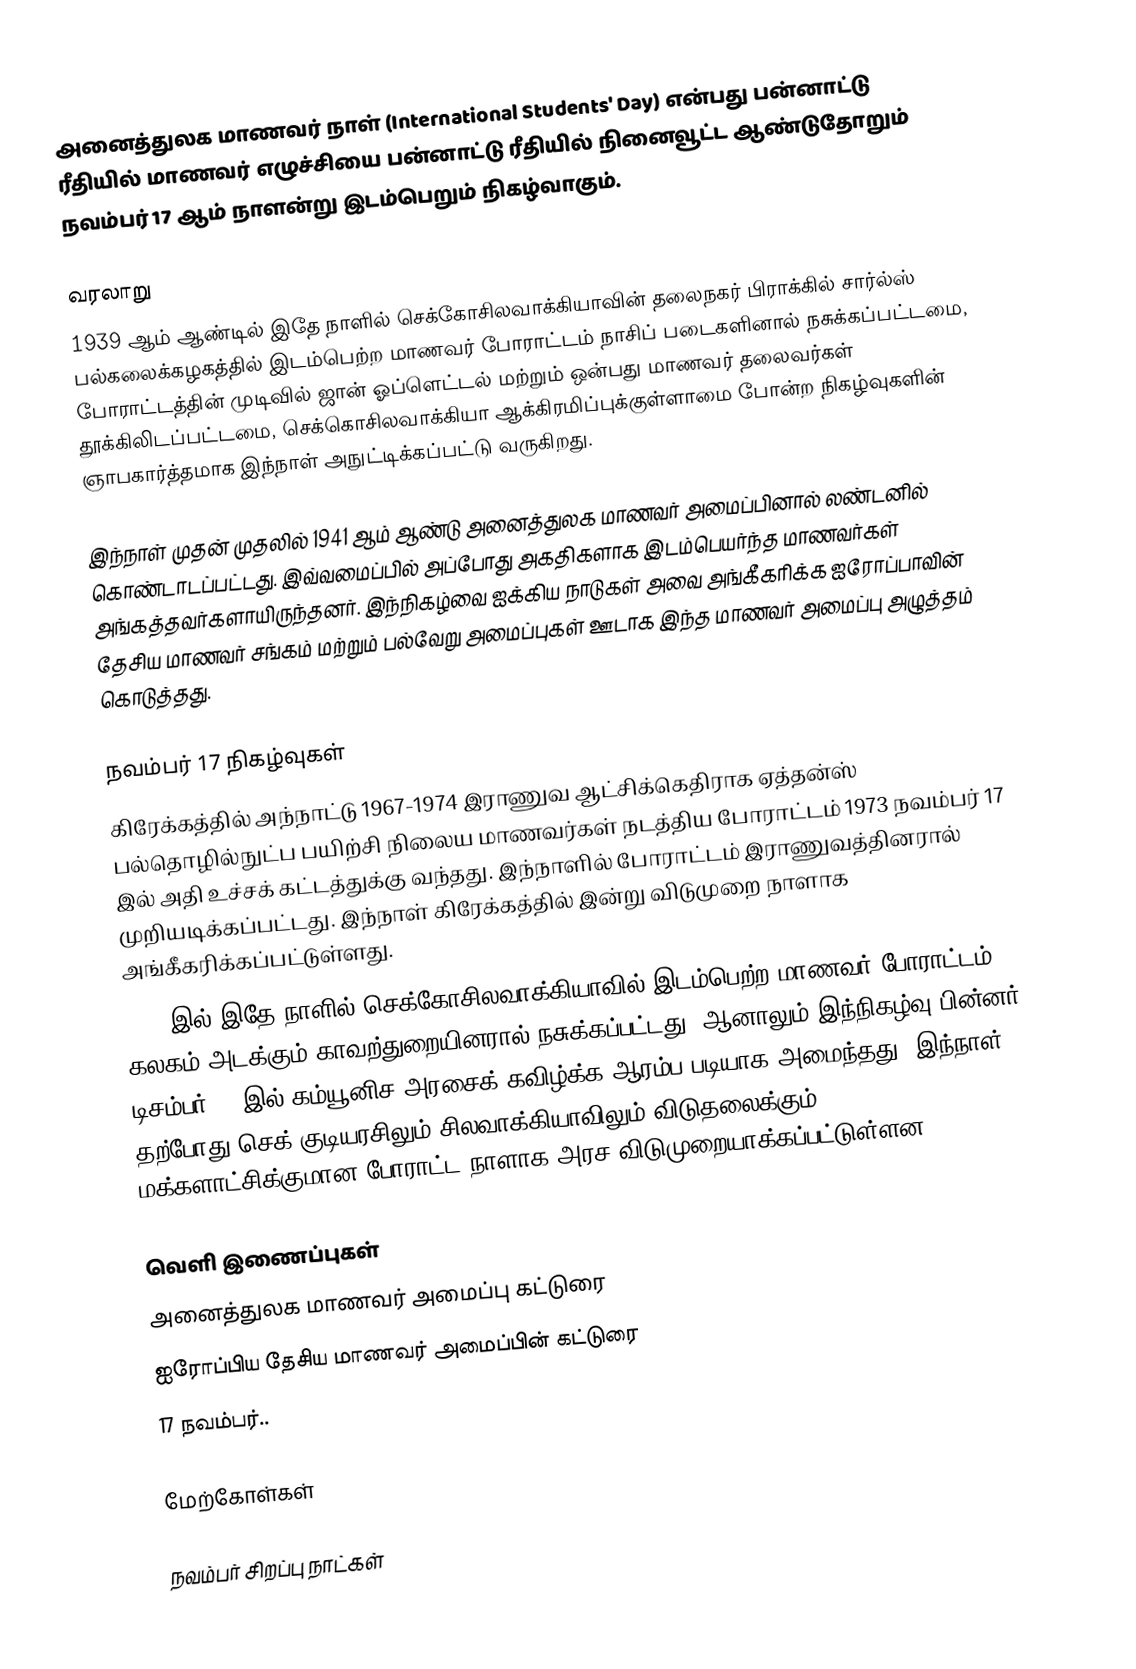
அனைத்துலக மாணவர் நாள் (International Students' Day) என்பது பன்னாட்டு ரீதியில் மாணவர் எழுச்சியை பன்னாட்டு ரீதியில் நினைவூட்ட ஆண்டுதோறும் நவம்பர் 17 ஆம் நாளன்று இடம்பெறும் நிகழ்வாகும்.

வரலாறு
1939 ஆம் ஆண்டில் இதே நாளில் செக்கோசிலவாக்கியாவின் தலைநகர் பிராக்கில் சார்ல்ஸ் பல்கலைக்கழகத்தில் இடம்பெற்ற மாணவர் போராட்டம் நாசிப் படைகளினால் நசுக்கப்பட்டமை, போராட்டத்தின் முடிவில் ஜான் ஓப்ளெட்டல் மற்றும் ஒன்பது மாணவர் தலைவர்கள் தூக்கிலிடப்பட்டமை, செக்கொசிலவாக்கியா ஆக்கிரமிப்புக்குள்ளாமை போன்ற நிகழ்வுகளின் ஞாபகார்த்தமாக இந்நாள் அநுட்டிக்கப்பட்டு வருகிறது.

இந்நாள் முதன் முதலில் 1941 ஆம் ஆண்டு அனைத்துலக மாணவர் அமைப்பினால் லண்டனில் கொண்டாடப்பட்டது. இவ்வமைப்பில் அப்போது அகதிகளாக இடம்பெயர்ந்த மாணவர்கள் அங்கத்தவர்களாயிருந்தனர். இந்நிகழ்வை ஐக்கிய நாடுகள் அவை அங்கீகரிக்க ஐரோப்பாவின் தேசிய மாணவர் சங்கம் மற்றும் பல்வேறு அமைப்புகள் ஊடாக இந்த மாணவர் அமைப்பு அழுத்தம் கொடுத்தது.

நவம்பர் 17 நிகழ்வுகள்
 கிரேக்கத்தில் அந்நாட்டு 1967-1974 இராணுவ ஆட்சிக்கெதிராக ஏத்தன்ஸ் பல்தொழில்நுட்ப பயிற்சி நிலைய மாணவர்கள் நடத்திய போராட்டம் 1973 நவம்பர் 17 இல் அதி உச்சக் கட்டத்துக்கு வந்தது. இந்நாளில் போராட்டம் இராணுவத்தினரால் முறியடிக்கப்பட்டது. இந்நாள் கிரேக்கத்தில் இன்று விடுமுறை நாளாக அங்கீகரிக்கப்பட்டுள்ளது.
 1989 இல் இதே நாளில் செக்கோசிலவாக்கியாவில் இடம்பெற்ற மாணவர் போராட்டம் கலகம் அடக்கும் காவற்துறையினரால் நசுக்கப்பட்டது. ஆனாலும் இந்நிகழ்வு பின்னர் டிசம்பர் 29 இல் கம்யூனிச அரசைக் கவிழ்க்க ஆரம்ப படியாக அமைந்தது. இந்நாள் தற்போது செக் குடியரசிலும் சிலவாக்கியாவிலும் விடுதலைக்கும் மக்களாட்சிக்குமான போராட்ட நாளாக அரச விடுமுறையாக்கப்பட்டுள்ளன.

வெளி இணைப்புகள்
அனைத்துலக மாணவர் அமைப்பு கட்டுரை
ஐரோப்பிய தேசிய மாணவர் அமைப்பின் கட்டுரை
17 நவம்பர்..

மேற்கோள்கள்

நவம்பர் சிறப்பு நாட்கள்